Newspaper: The morning news. [volume]
Place of publication: Savannah, Ga.
Publisher: J.H. Estill
Date: 1895-09-19 00:00:00
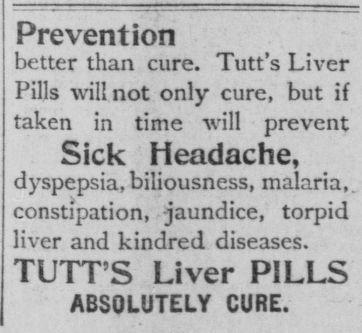
Advertisement text (OCR):
Pre vent ion better than cure. Tutt’s Liver Pills will not only cure, but if taken in time will prevent Sick Headache, dyspepsia, biliousness, malaria, constipation, jaundice, torpid liver and kindred diseases. TUTT’S Liver PILLS ABSOLUTELY CURE.
Label: text-only